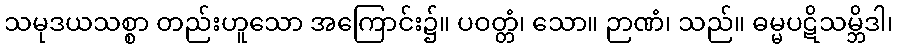
သမုဒယသစ္စာ တည်းဟူသော အကြောင်း၌။ ပဝတ္တံ၊ သော။ ဉာဏံ၊ သည်။ ဓမ္မပဋိသမ္ဘိဒါ၊